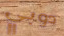
دوبي